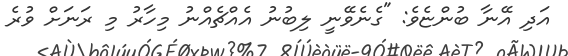
އަދި އޭނާ ބުންޏެވެ: "ގެނެވޭނީ ލިބުނު އެއްޗެއްނު މިހާރު މި ރަނަށް ވުރެ